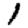
Digit: 1